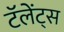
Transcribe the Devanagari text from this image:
टॅलेंट्स